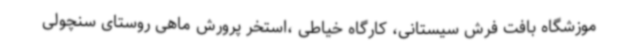
موزشگاه بافت فرش سیستانی، کارگاه خیاطی ،استخر پرورش ماهی روستای سنچولی